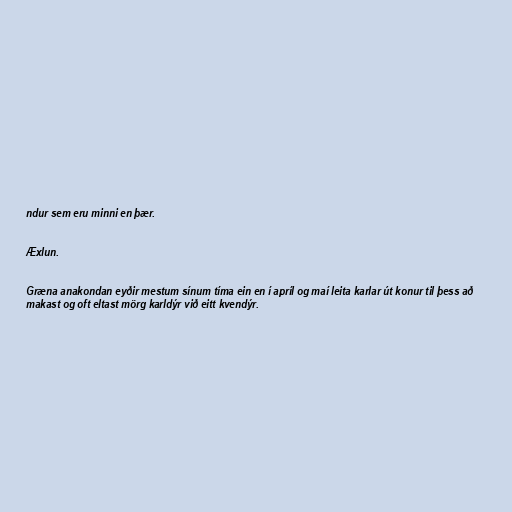
ndur sem eru minni en þær.

Æxlun.

Græna anakondan eyðir mestum sínum tíma ein en í apríl og maí leita karlar út konur til þess að
makast og oft eltast mörg karldýr við eitt kvendýr.